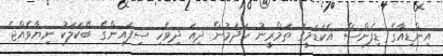
އިންޑިއާގެ ޑިފެންސް އެކަޑަމީގަ ތަމްރީނު ހަދަމުން ދިއަ ދިވެހި ސިފައިންގެ ބޭކަލަކު ނިޔާވެއްޖެ